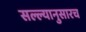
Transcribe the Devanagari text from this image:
सल्ल्यानुसारच